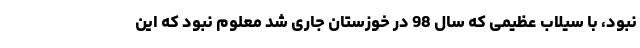
نبود، با سیلاب عظیمی که سال 98 در خوزستان جاری شد معلوم نبود که این